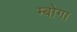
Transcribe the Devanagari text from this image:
म्बोगा